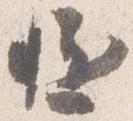
慥